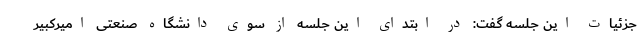
جزئیات این جلسه گفت: در ابتدای این جلسه از سوی دانشگاه صنعتی امیرکبیر